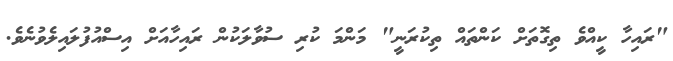
"ރައިހާ ކީއްވެ ތިގޮތަށް ކަންތައް ތިކުރަނީ" މަންމަ ކުރި ސުވާލަކުން ރައިހާއަށް އިސްއުފުލައިލެވުނެވެ.